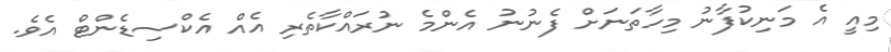
މިއީ އެ މަނިކުފާނު މިހާތަނަށް ފެނުނު އެންމެ ނުރައްކާތެރި އެއް އެކްސިޑެންޓް އެވެ.